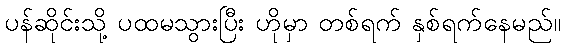
ပန်ဆိုင်းသို့ ပထမသွားပြီး ဟိုမှာ တစ်ရက် နှစ်ရက်နေမည်။